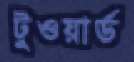
টুওয়ার্ড